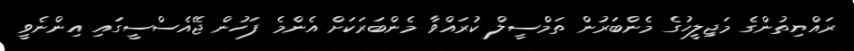
ރައްޔިތުންގެ މަޖިލީހުގެ މެންބަރުން ތަމްސީލް ކުރައްވާ މެންބަރަކަށް އެންމެ ފަހުން ޖޭއެސްސީގައި އިންނެވީ